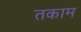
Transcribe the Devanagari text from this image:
तकाम